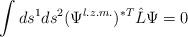
LaTeX: \begin{align*}\int ds^1 ds^2 (\Psi^{l.z.m.})^{\ast T} \hat{L} \Psi = 0\end{align*}